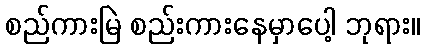
စည်ကားမြဲ စည်းကားနေမှာပေါ့ ဘုရား။